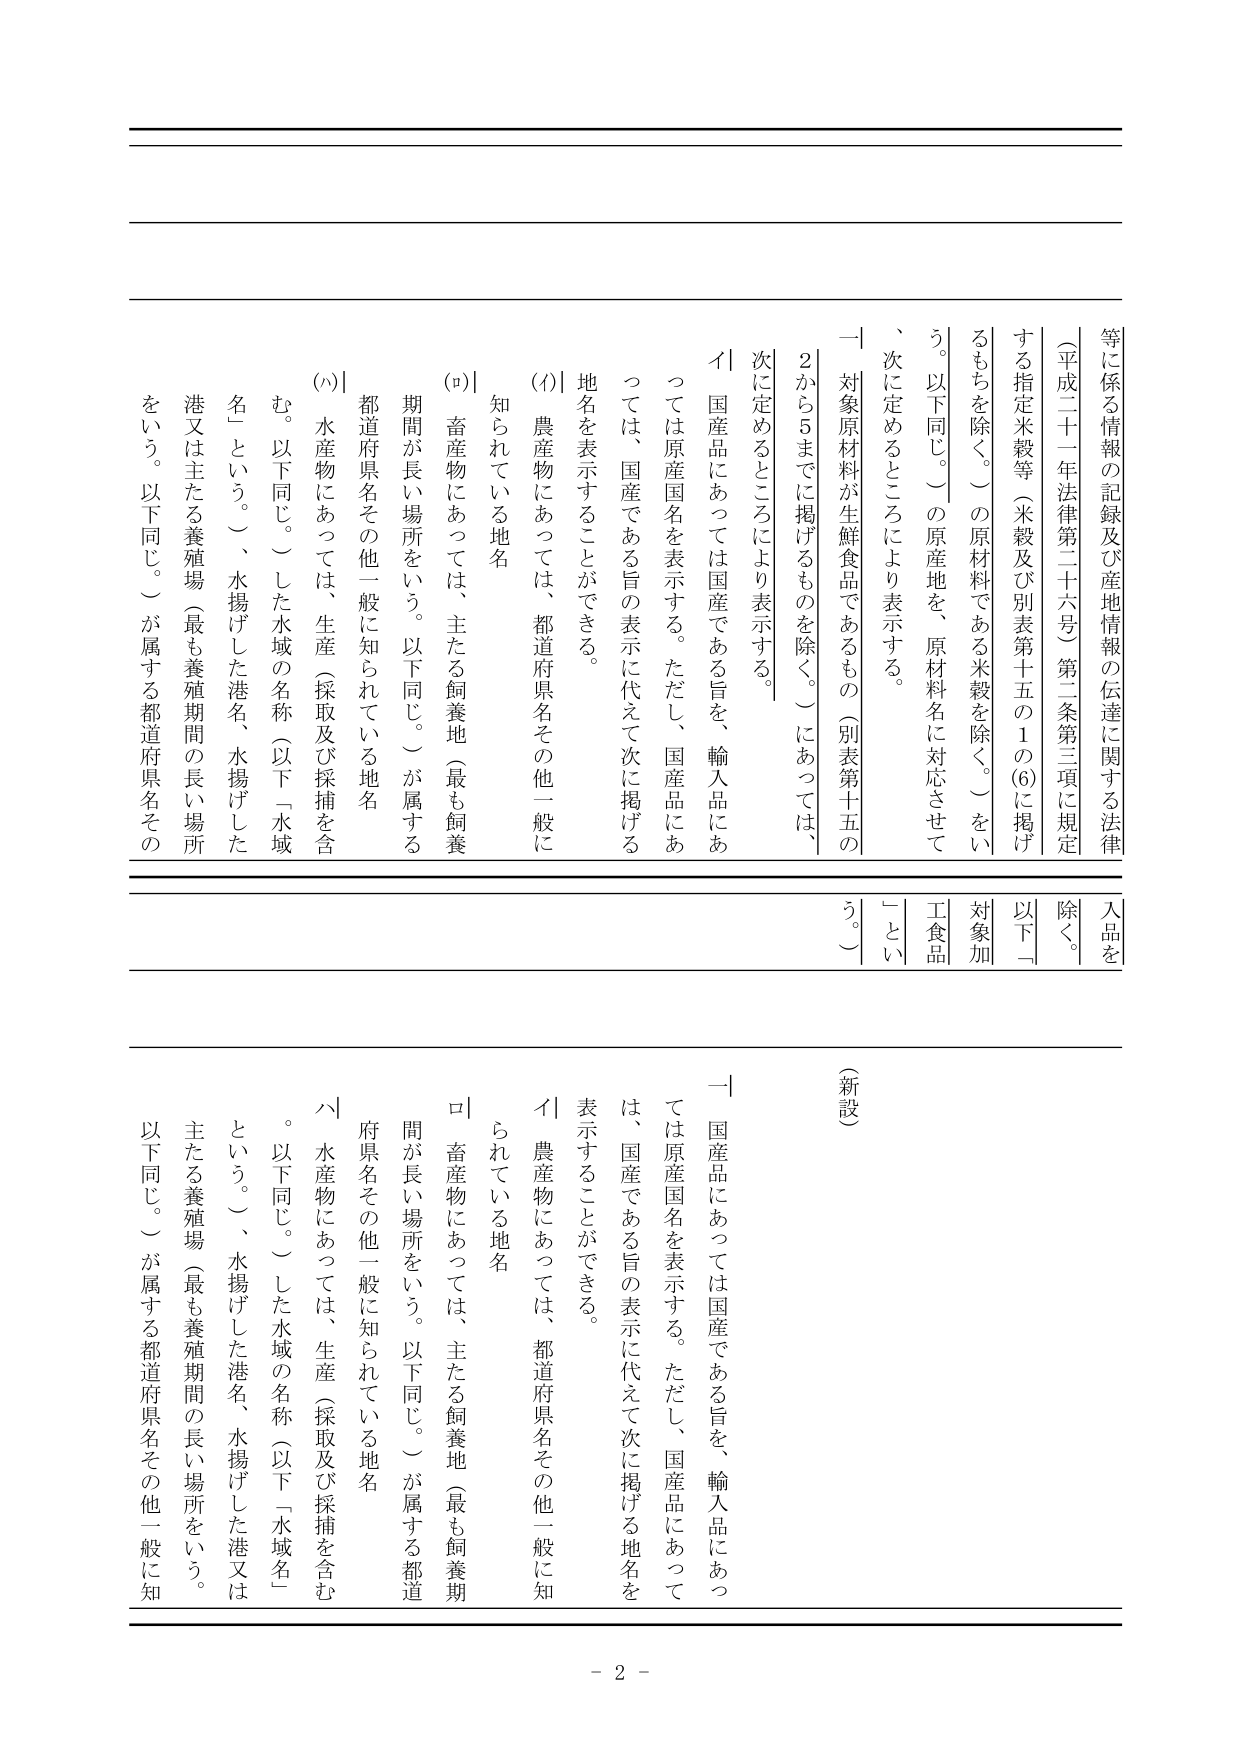
等に係る情報の記録及び産地情報の伝達に関する法律
（平成二十一年法律第二十六号）第二条第三項に規定
する指定米穀等（米穀及び別表第十五の1の(6)に掲げ
るもちを除く。）の原材料である米穀を除く。）をい
う。以下同じ。）の原産地を、原材料名に対応させて
、次に定めるところにより表示する。
一 対象原材料が生鮮食品であるもの（別表第十五の
2から5までに掲げるものを除く。）にあっては、
次に定めるところにより表示する。
イ 国産品にあっては国産である旨を、輸入品にあ
っては原産国名を表示する。ただし、国産品にあ
っては、国産である旨の表示に代えて次に掲げる
地名を表示することができる。
(ｲ) 農産物にあっては、都道府県名その他一般に
知られている地名
(ﾛ) 畜産物にあっては、主たる飼養地（最も飼養
期間が長い場所をいう。以下同じ。）が属する
都道府県名その他一般に知られている地名
(ﾊ) 水産物にあっては、生産（採取及び採捕を含
む。以下同じ。）した水域の名称（以下「水域
名」という。）、水揚げした港名、水揚げした
港又は主たる養殖場（最も養殖期間の長い場所
をいう。以下同じ。）が属する都道府県名その
他一般に知られている地名
（新設）
一 国産品にあっては国産である旨を、輸入品にあっ
ては原産国名を表示する。ただし、国産品にあって
は、国産である旨の表示に代えて次に掲げる地名を
表示することができる。
イ 農産物にあっては、都道府県名その他一般に知
られている地名
ロ 畜産物にあっては、主たる飼養地（最も飼養期
間が長い場所をいう。以下同じ。）が属する都道
府県名その他一般に知られている地名
ハ 水産物にあっては、生産（採取及び採捕を含む
。以下同じ。）した水域の名称（以下「水域名」
という。）、水揚げした港名、水揚げした港又は
主たる養殖場（最も養殖期間の長い場所をいう。
以下同じ。）が属する都道府県名その他一般に知
入品を
除く。
以下「
対象加
工食品
」とい
う。）
- 2 -